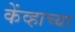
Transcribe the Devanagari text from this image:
केंव्हाच्या